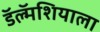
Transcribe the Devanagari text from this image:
डॅल्मॅशियाला